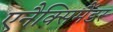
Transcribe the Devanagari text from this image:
एनैक्सिमैंडर